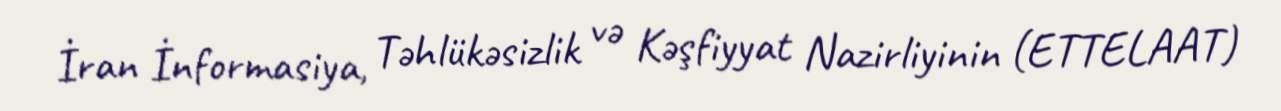
İran İnformasiya, Təhlükəsizlik və Kəşfiyyat Nazirliyinin (ETTELAAT)